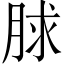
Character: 脙